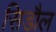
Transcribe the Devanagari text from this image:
सिडौल